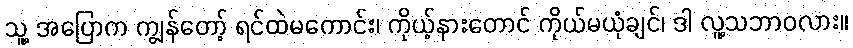
သူ့ အပြောက ကျွန်တော့် ရင်ထဲမကောင်း၊ ကိုယ့်နားတောင် ကိုယ်မယုံချင်၊ ဒါ လူ့သဘာဝလား။